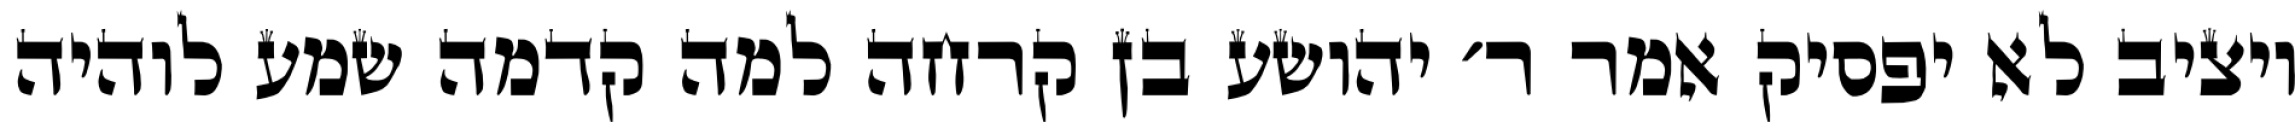
ויציב לא יפסיק אמר ר׳ יהושע בן קרחה למה קדמה שמע לוהיה